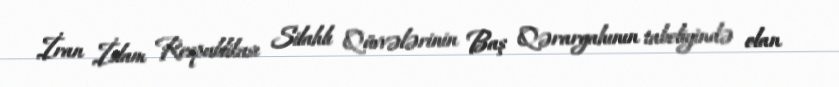
İran İslam Respublikası Silahlı Qüvvələrinin Baş Qərargahının tabeliyində olan